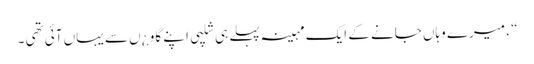
“ ، میرے وہاں جانے کے ایک مہینہ پہلے ہی شلپی اپنے گاو ¿ں سے یہاں آئی تھی ۔